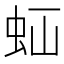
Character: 𧉋